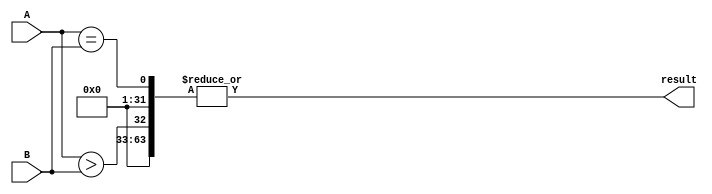
module comparator(
    input [31:0] A,
    input [31:0] B,
    output wire result
);

wire [31:0] eq;
wire [31:0] lt;
wire [31:0] gt;

assign eq = A == B;
assign lt = A < B;
assign gt = A > B;

assign result = |{gt, eq}; // greater than, equal to, or less than

endmodule